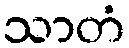
သာတံ